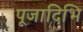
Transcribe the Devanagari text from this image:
पूजादिभि